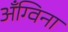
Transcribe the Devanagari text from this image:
अँग्विना